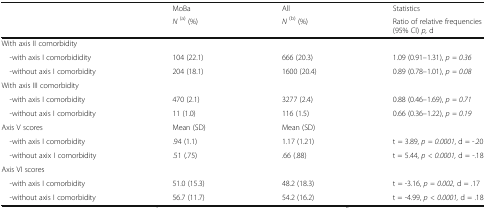
| <ROWSPAN=2>  | MoBa | All | Statistics |
 | N(a) (%) | N(b) (%) | Ratio of relative frequencies (95% CI) p, d |
 | --- | --- | --- | --- |
 | <COLSPAN=4> With axis II comorbidity |
 | -with axis I comorbididity | 104 (22.1) | 666 (20.3) | 1.09 (0.91–1.31), p = 0.36 |
 | -without axis I comorbidity | 204 (18.1) | 1600 (20.4) | 0.89 (0.78–1.01), p = 0.08 |
 | <COLSPAN=4> With axis III comorbidity |
 | -with axis I comorbidity | 470 (2.1) | 3277 (2.4) | 0.88 (0.46–1.69), p = 0.71 |
 | -without axis I comorbidity | 11 (1.0) | 116 (1.5) | 0.66 (0.36–1.22), p = 0.19 |
 | Axis V scores | Mean (SD) | Mean (SD) |  |
 | -with axis I comorbidity | .94 (1.1) | 1.17 (1.21) | t = 3.89, p = 0.0001, d = -.20 |
 | -without axix I comorbidity | .51 (.75) | .66 (.88) | t = 5.44, p < 0.0001, d = -.18 |
 | <COLSPAN=4> Axis VI scores |
 | -with axis I comorbidity | 51.0 (15.3) | 48.2 (18.3) | t = -3.16, p = 0.002, d = .17 |
 | -without axis I comorbidity | 56.7 (11.7) | 54.2 (16.2) | t = -4.99, p < 0.0001, d = .18 |